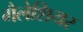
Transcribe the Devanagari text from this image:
गैलेशियर